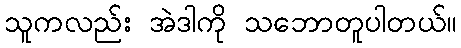
သူကလည်း အဲဒါကို သဘောတူပါတယ်။